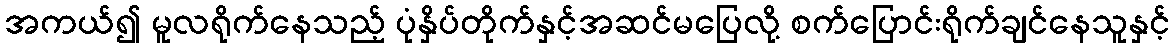
အကယ်၍ မူလရိုက်နေသည့် ပုံနှိပ်တိုက်နှင့်အဆင်မပြေလို့ စက်ပြောင်းရိုက်ချင်နေသူနှင့်